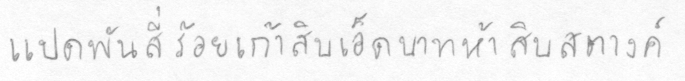
แปดพันสี่ร้อยเก้าสิบเอ็ดบาทห้าสิบสตางค์